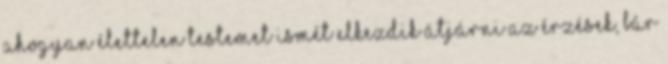
ahogyan élettelen testemet ismét elkezdik átjárni az érzések, bár